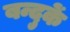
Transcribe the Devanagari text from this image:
बन्दुकें